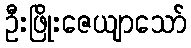
ဦးဖြိုးဇေယျာသော်